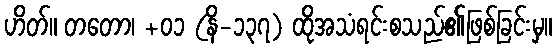
ဟိတ်။ တတော၊ +၀၁ (နိ-၁၃၇) ထိုအသံရင်းစသည်၏ဖြစ်ခြင်းမှ။